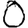
Digit: 0